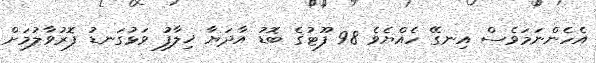
އެހެންނަމަވެސް އިނގޭ ހެއްޔެވެ 98 ފޫޓުގެ ބޮޑު އާދަޔާ ޚިލާފު ވަޅުގަނޑު ފޮރުވާލުމަށް